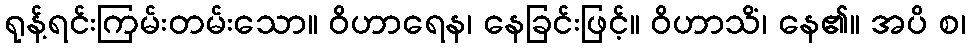
ရုန့်ရင်းကြမ်းတမ်းသော။ ဝိဟာရေန၊ နေခြင်းဖြင့်။ ဝိဟာသိံ၊ နေ၏။ အပိ စ၊